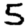
Digit: 5